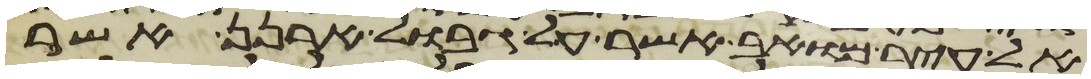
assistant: אל עיר מואב אשר על גבול ארנן אשר